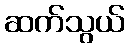
ဆက်သွယ်